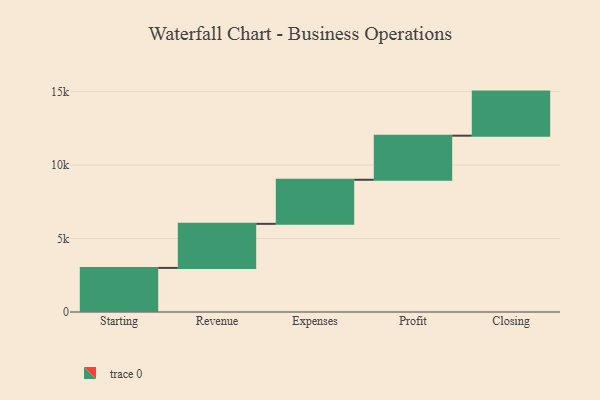
{"axis": {"x": "Step", "y": "Value"}, "legend": [""], "data": [{"x": "Starting", "y": 3000, "type": ""}, {"x": "Revenue", "y": 3000, "type": ""}, {"x": "Expenses", "y": 3000, "type": ""}, {"x": "Profit", "y": 3000, "type": ""}, {"x": "Closing", "y": 3000, "type": ""}]}